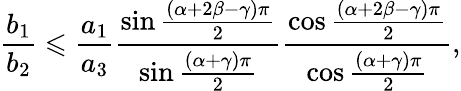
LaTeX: \frac{b_{1}}{b_{2}}\leqslant\frac{a_{1}}{a_{3}}\frac{\sin\frac{\left(\alpha+2\beta-\gamma\right)\pi}{2}}{\sin\frac{\left(\alpha+\gamma\right)\pi}{2}}\frac{\cos\frac{\left(\alpha+2\beta-\gamma\right)\pi}{2}}{\cos\frac{\left(\alpha+\gamma\right)\pi}{2}},